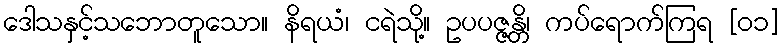
ဒေါသနှင့်သဘောတူသော။ နိရယံ၊ ငရဲသို့။ ဥပပဇ္ဇန္တိ၊ ကပ်ရောက်ကြရ [၀၁]